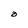
Character: O